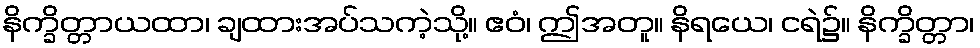
နိက္ခိတ္တာယထာ၊ ချထားအပ်သကဲ့သို့။ ဧဝံ၊ ဤအတူ။ နိရယေ၊ ငရဲ၌။ နိက္ခိတ္တာ၊